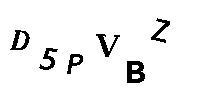
D5PVBZ